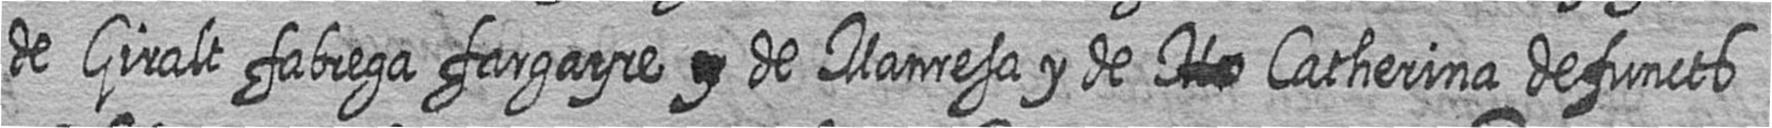
de Giralt fabrega fargayre # de Manresa y de # Catherina defuncts